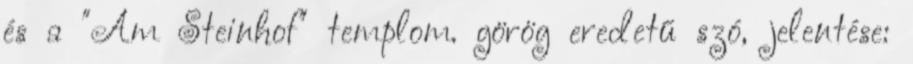
és a "Am Steinhof" templom. görög eredetű szó, jelentése: